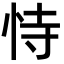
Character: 恃